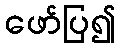
ဖော်ပြ၍